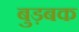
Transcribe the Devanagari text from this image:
बुड़बक